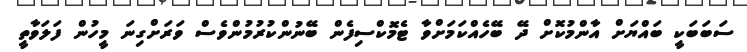
ސަބަބަކީ ބައްޔަށް އާންމުކޮށް ދޭ ބޭހެއްކަމަށްވާ ޓެމޮކްސިފެން ބޭނުންކުރުމުންވެސް ވަރަށްގިނަ މީހުން ފަލަވާތީ